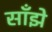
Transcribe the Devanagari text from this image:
साँझे